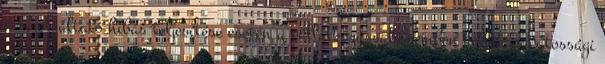
a Szolgáltató hibás teljesítése esetén a vállalkozással szemben kellékszavatossági